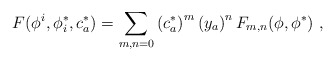
\begin{align*}F(\phi^i ,\phi ^*_i, c^*_a)=\sum_{m,n=0} \left( c^*_a\right) ^m \left(y_a\right)^n F_{m,n}(\phi ,\phi ^*)\ ,\end{align*}